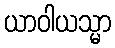
ယာဝါယသ္မာ